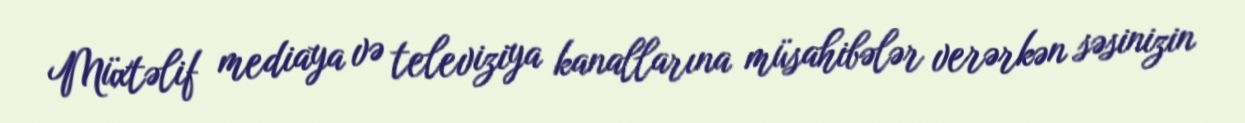
Müxtəlif mediaya və televiziya kanallarına müsahibələr verərkən səsinizin